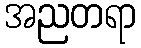
အညတရာ